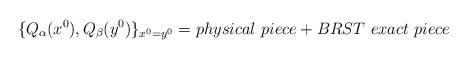
LaTeX: \begin{align*}\{ Q_{\alpha}(x^{0}), Q_{\beta}(y^{0})\}_{x^{0} = y^{0}} = physical\ piece+ BRST\ exact\ piece\end{align*}